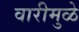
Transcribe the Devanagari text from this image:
वारीमुळे